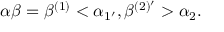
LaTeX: \alpha \beta = \beta ^ { ( 1 ) } < \alpha _ { 1 ^ { \prime } } , \beta ^ { ( 2 ) ^ { \prime } } > \alpha _ { 2 } .